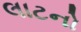
લાટનો